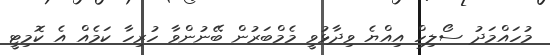
މުހައްމަދު ސޯލިހް އިއްޔެ ވިދާޅުވީ މެމްބަރުން ބޭނުންވާ ހުރިހާ ކަމެއް އެ ކޮމިޓީ